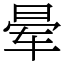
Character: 晕